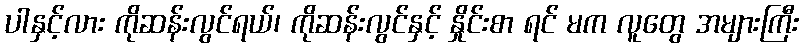
ပါနှင့်လား ကိုဆန်းလွင်ရယ်၊ ကိုဆန်းလွင်နှင့် နှိုင်းစာ ရင် မက လူတွေ အများကြီး